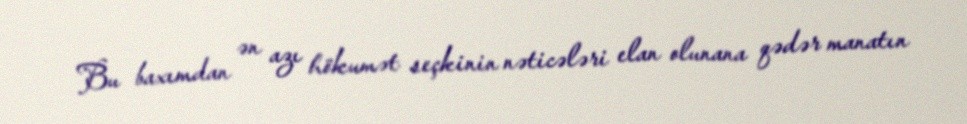
Bu baxımdan ən azı hökumət seçkinin nəticələri elan olunana qədər manatın